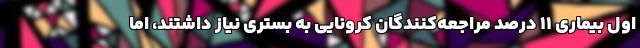
اول بیماری ۱۱ درصد مراجعه‌کنندگان کرونایی به بستری نیاز داشتند، اما